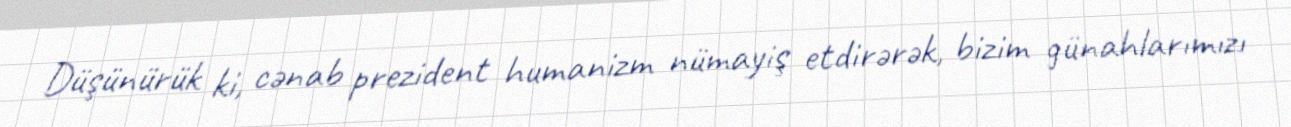
Düşünürük ki, cənab prezident humanizm nümayiş etdirərək, bizim günahlarımızı